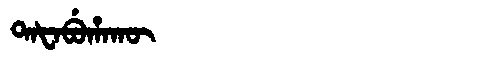
Manchu: ᡨᠠᡶᠠᠪᡠᡥᠠᡴᡡ
Romanization: TAFABUHAKŪ